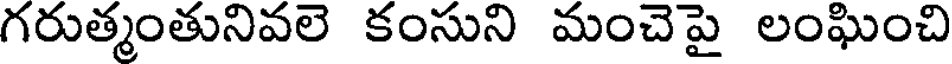
గరుత్మంతునివలె కంసుని మంచెపై లంఘించి